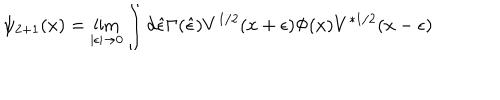
\psi _ { 2 + 1 } ( x ) = \lim _ { | \epsilon | \rightarrow 0 } \int d \hat { \epsilon } \Gamma ( \hat { \epsilon } ) V ^ { 1 / 2 } ( x + \epsilon ) \Phi ( x ) V ^ { * 1 / 2 } ( x - \epsilon )